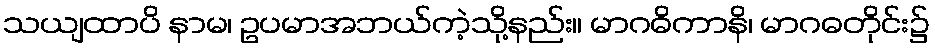
သယျထာပိ နာမ၊ ဥပမာအဘယ်ကဲ့သို့နည်း။ မာဂဓိကာနိ၊ မာဂဓတိုင်း၌